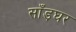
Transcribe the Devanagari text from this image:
साँड़घर